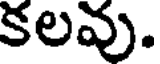
కలవు.